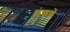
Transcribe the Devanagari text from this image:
कंकणें